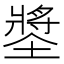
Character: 𡑶